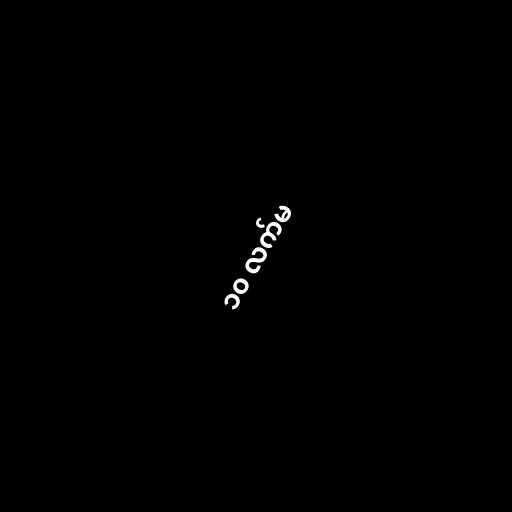
၁၀ လက်မ